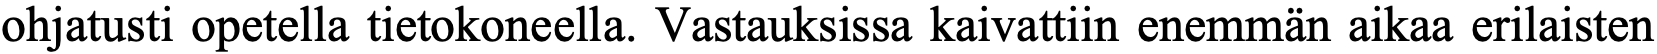
ohjatusti opetella tietokoneella. Vastauksissa kaivattiin enemmän aikaa erilaisten